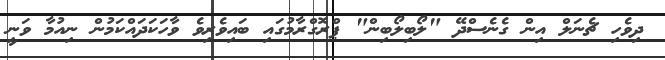
ދިވެހި ޗެނަލް އިން ގެނެސްދޭ "ލޯބިލޯބިން" ޕްރޮގްރާމުގައި ބައިވެރިވެ ވާހަކަދައްކަމުން ނިއުމާ ވަނީ